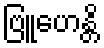
ဗြူဟေန္တိ